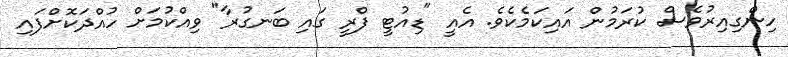
ހިންގިއިރުވެސް ކުރަމުން އައިކަމެކެވެ. އެއީ "ޑިއުޓީ ފްރީ ގައި ބަނގުރާ" ވިއްކުމަށް ހުއްދަކޮށްފައި